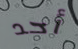
أحد